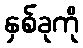
နှစ်ခုကို